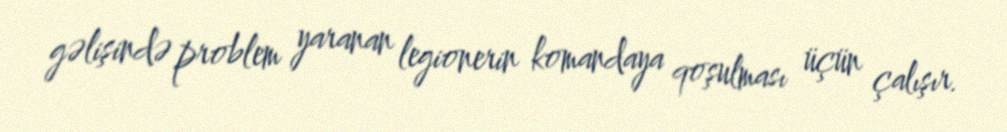
gəlişində problem yaranan legionerin komandaya qoşulması üçün çalışır.